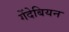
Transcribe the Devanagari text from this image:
गेंदेबियन